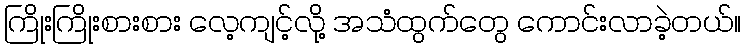
ကြိုးကြိုးစားစား လေ့ကျင့်လို့ အသံထွက်တွေ ကောင်းလာခဲ့တယ်။